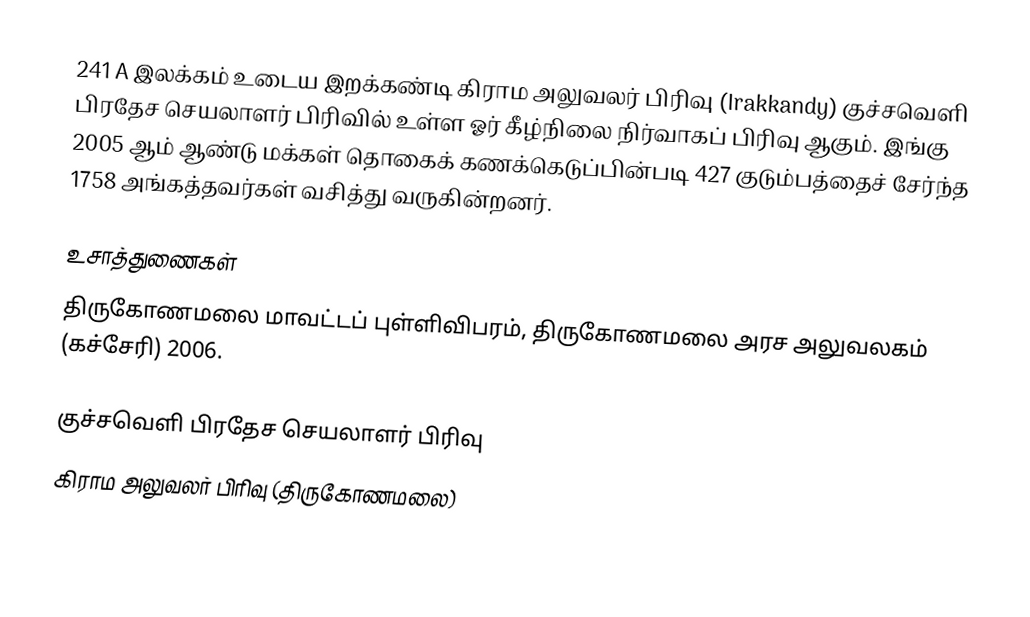
241 A இலக்கம்  உடைய இறக்கண்டி கிராம அலுவலர் பிரிவு (Irakkandy) குச்சவெளி பிரதேச செயலாளர் பிரிவில் உள்ள ஓர் கீழ்நிலை நிர்வாகப் பிரிவு ஆகும். இங்கு 2005 ஆம் ஆண்டு மக்கள் தொகைக் கணக்கெடுப்பின்படி 427 குடும்பத்தைச் சேர்ந்த 1758 அங்கத்தவர்கள் வசித்து வருகின்றனர்.

உசாத்துணைகள்
திருகோணமலை மாவட்டப் புள்ளிவிபரம்,  திருகோணமலை அரச அலுவலகம் (கச்சேரி) 2006.

குச்சவெளி பிரதேச செயலாளர் பிரிவு
கிராம அலுவலர் பிரிவு (திருகோணமலை)